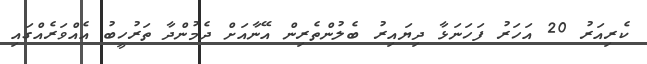
ކެރިއަރު 20 އަހަރު ފަހަނަޅާ ދިޔައިރު ބެލުންތެރިން އޭނާއަށް ދެމުންދާ ތަރުހީބު އެއްވަރެއްގައި